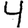
Digit: 4